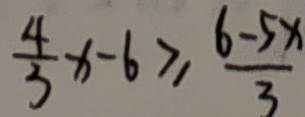
\frac { 4 } { 3 } x - 6 \geq \frac { 6 - 5 x } { 3 }